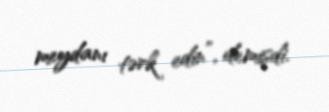
meydanı tərk edin”, demişdi.